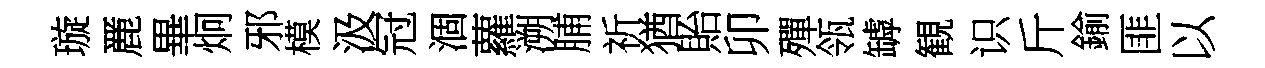
璇䴡畢炯邪模汲冠涸蘿溯脯祈猶貽卯殫瓴罅観识斤鍮匪以